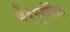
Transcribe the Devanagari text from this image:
जैवभूगोलिक